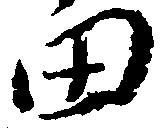
田